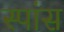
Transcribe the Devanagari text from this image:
स्पांस